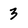
Character: 3